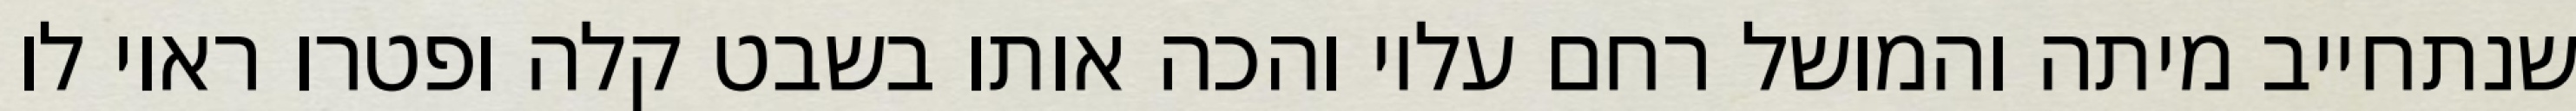
שנתחייב מיתה והמושל רחם עליו והכה אותו בשבט קלה ופטרו ראוי לו